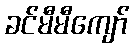
ခင်မီမီကျော်